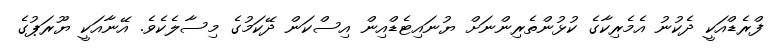
ފްރެޑްއަކީ ދެކުނު އެމެރިކާގެ ކުޅުންތެރިންނަށް ޔުނައިޓެޑްއިން އިސްކަން ދޭކަމުގެ މިސާލެކެވެ. އޭނާއަކީ ޔޫރަޕުގެ